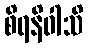
စိရနိဝါသိ